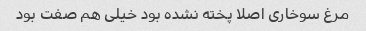
مرغ سوخاری اصلا پخته نشده بود خیلی هم صفت بود